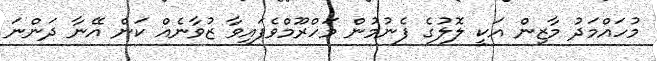
މުހައްމަދު މާޒިން އަކީ ލޮލުގެ ފެނުމުން މަހްރޫމްވެފައިވާ ޒުވާނެއްް ކަން އޭނާ ދަންނަ